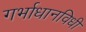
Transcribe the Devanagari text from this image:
गर्भाधानविधी